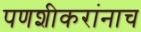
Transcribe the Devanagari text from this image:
पणशीकरांनाच